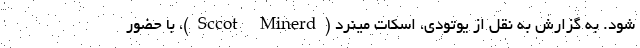
شود. به گزارش به نقل از یوتودی، اسکات مینرد (Sccot Minerd)، با حضور